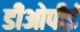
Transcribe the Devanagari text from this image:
डीओपीई